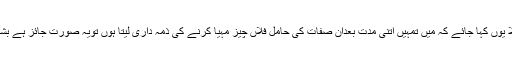
لیکن اگر تعین کی بجائے صرف مخصوص صفات بیان کی جائیں ، مثلاً یوں کہا جائے کہ میں تمہیں اتنی مدت بعدان صفات کی حامل فلاں چیز مہیا کرنے کی ذمہ داری لیتا ہوں تویہ صورت جائز ہے بشرط کہ مکمل قیمت پیشگی ادا کر دی جائے، اس کو بیع سَلَم کہتے ہیں ۔